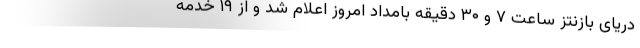
دریای بازنتز ساعت ۷ و ۳۰ دقیقه بامداد امروز اعلام شد و از ۱۹ خدمه